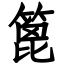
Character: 篦